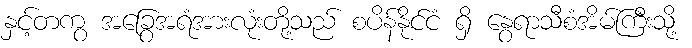
နှင့်တကွ အခြွေအရံအားလုံးတို့သည် စပိန်နိုင်ငံ ရှိ နွေရာသီစံအိမ်ကြီးသို့